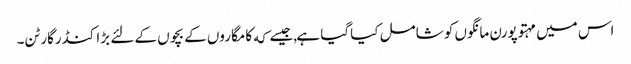
اس میں مہتوپورن مانگوں کو شامل کیا گیا ہے,جیسے که کامگاروں کے بچوں کے لئے بڑا کنڈرگارٹن۔